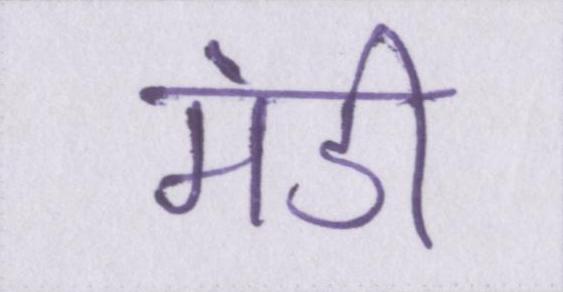
मंडी